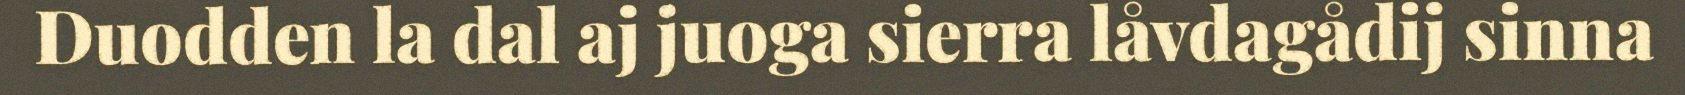
Duodden la dal aj juoga sierra låvdagådij sinna